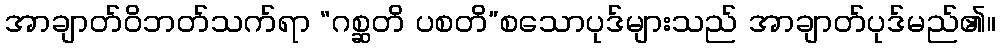
အာချာတ်ဝိဘတ်သက်ရာ “ဂစ္ဆတိ ပစတိ”စသောပုဒ်များသည် အာချာတ်ပုဒ်မည်၏။